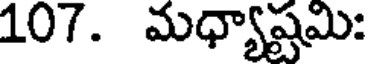
107. మధ్యాష్టమి: